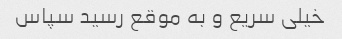
خیلی سریع و به موقع رسید سپاس